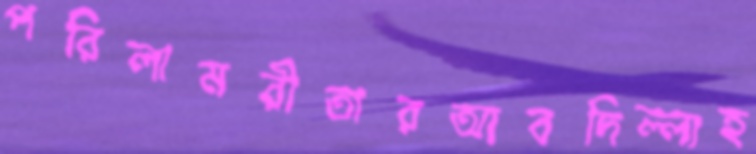
পরিলামরীতারআবদিল্লাহ